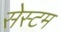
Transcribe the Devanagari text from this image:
सेस्टम